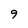
Character: 9